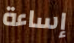
إساءة